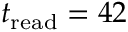
t _ { \mathrm { r e a d } } = 4 2